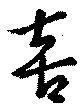
喜